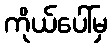
ကိုယ်ပေါ်မှ